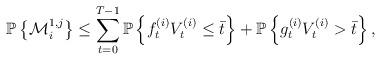
LaTeX: \begin{align*}\mathbb{P}\left\{\mathcal{M}_i^{1, j}\right\}\leq \sum_{t=0}^{T-1}\mathbb{P}\left\{ f^{(i)}_t V^{(i)}_t \leq \bar{t}\right\}+\mathbb{P}\left\{g^{(i)}_t V^{(i)}_t > \bar{t} \right\},\end{align*}